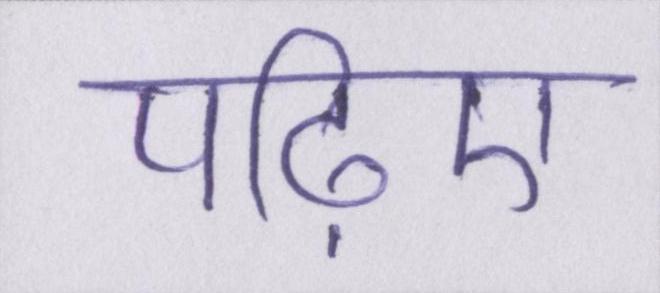
पढ़िए